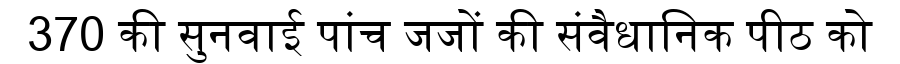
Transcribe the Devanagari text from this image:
370 की सुनवाई पांच जजों की संवैधानिक पीठ को